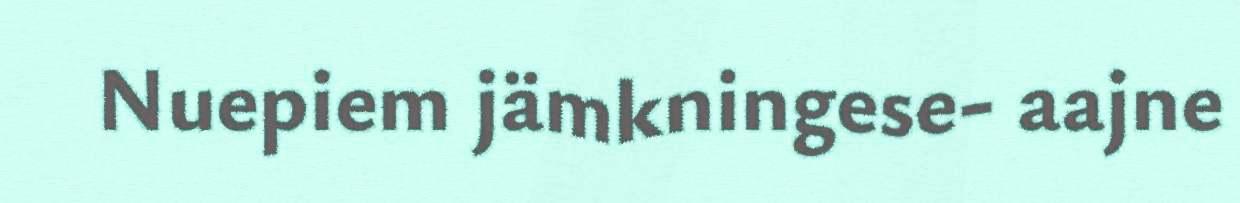
Nuepiem jämkningese- aajne